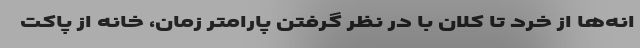
انه‌ها از خرد تا کلان با در نظر گرفتن پارامتر زمان،‌ خانه از پاکت